Bulletin of the Pasteur Institute of Southern India, Coonoor - No. 3.
Year: 1910
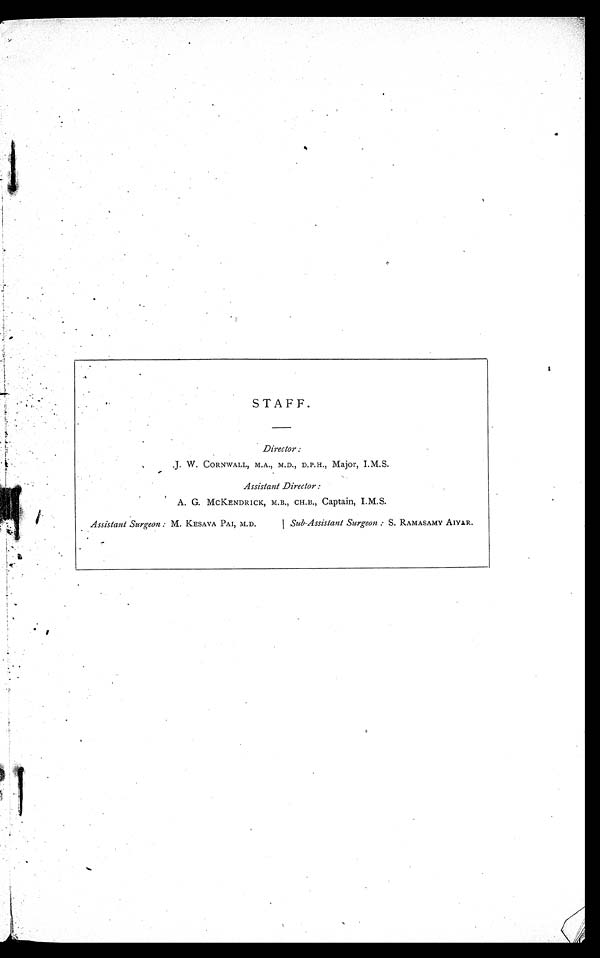
STAFF.
D i r e c t o r :
J. W. CORNWALL, M.A., M.D., D.P.H., Major, I.M.S.
Assistant Director :
A. G. MCKENDRICK, M.B., CH.B., Captain, I.M.S.
Assistant Surgeon : M. KESAVA PAI, M.D.|
Sub-Assistant Surgeon : S. RAMASAMY AIYAR.